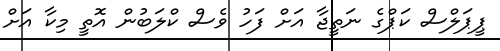
ޕީޕަލްްސް ކަޕްގެ ނަތީޖާ އަށް ފަހު ވެސް ކްލަބުން އޮތީ މިކާ އަށް